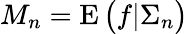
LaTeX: M_{n}=\operatorname{E}{\bigl(}f|\Sigma_{n}{\bigr)}